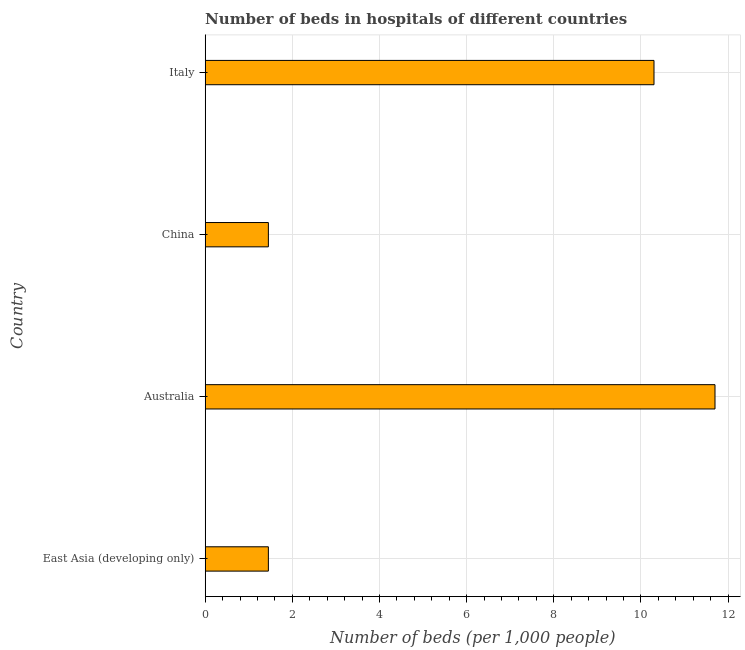
| Country | Hospital beds |
 | --- | --- |
 | East Asia (developing only) | 1.45 |
 | Australia | 11.7 |
 | China | 1.45 |
 | Italy | 10.3 |